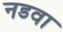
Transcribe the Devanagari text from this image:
नडवा